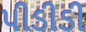
પીડીડી